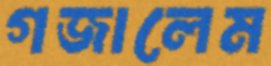
গজালেম